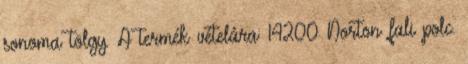
sonoma tölgy. A termék vételára: 14200 Norton fali polc.